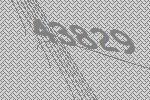
43829